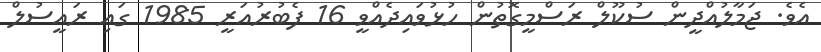
އެވެ. ޖަމާލުއްދީން ސުކޫލް ރަސްމީގޮތުން ހުޅުވައިދެއްވީ 16 ފެބުރުއަރީ 1985 ގައި ރައީސުލް